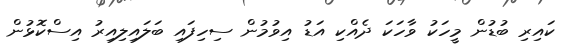
ކައިރި ބުޑުން މީހަކު ވާހަކަ ދެއްކި އަޑު އިވުމުން ސިހިފައި ބަލައިލިއިރު އިސްކޮޅުން